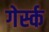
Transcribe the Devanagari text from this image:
गेर्स्क